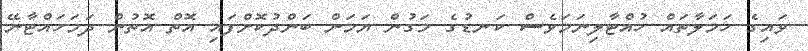
ވައިގެ ހަމަލާތައް ހުއްޓާލިނަމަވެސް ކަނޑުގެ މަގުން ޔަމަން ބަންދުކޮށްފައި އޮތް އޮތުން ދަމަހައްޓާނޭ